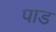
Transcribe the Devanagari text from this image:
पाड